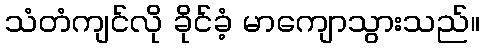
သံတံကျင်လို ခိုင်ခံ့ မာကျောသွားသည်။